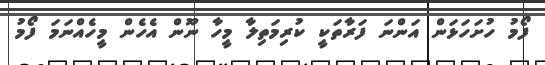
ފޯމު ހުށަހަޅަން އަންނަ ފަރާތަކީ ކުރިމަތިލާ މީހާ ނޫން އެހެން މީހެއްނަމަ ފޯމު